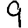
Digit: 9